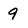
Character: 9